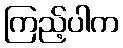
ကြည့်ပါက